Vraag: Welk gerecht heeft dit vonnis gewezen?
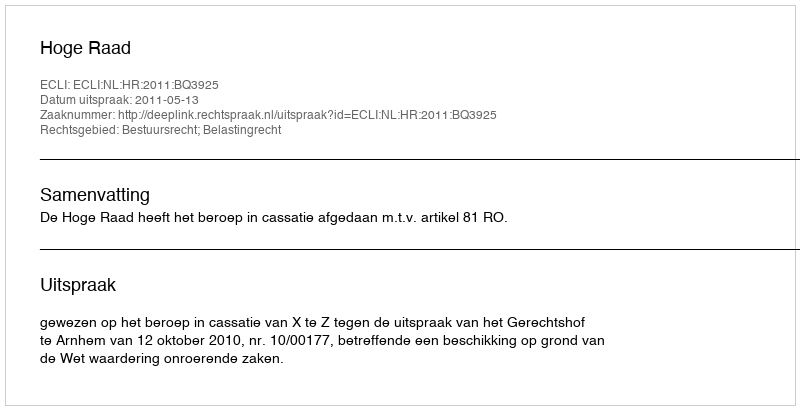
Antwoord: Hoge Raad